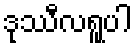
ဒုဿီလရူပါ